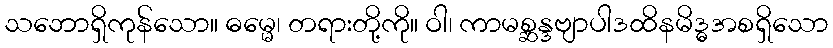
သဘောရှိကုန်သော။ ဓမ္မေ၊ တရားတို့ကို။ ဝါ၊ ကာမစ္ဆန္ဒဗျာပါဒထိနမိဒ္ဓအစရှိသော